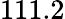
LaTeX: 111.2